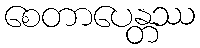
စေတာပေန္တဿ